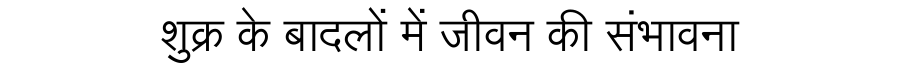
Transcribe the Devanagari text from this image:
शुक्र के बादलों में जीवन की संभावना